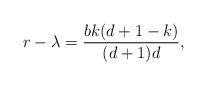
LaTeX: \begin{align*}r-\lambda = \frac{bk(d+1-k)}{(d+1)d},\end{align*}